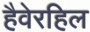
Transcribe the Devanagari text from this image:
हैवेरहिल